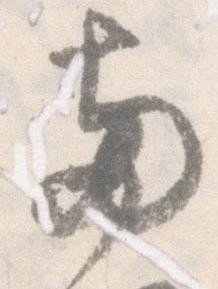
両